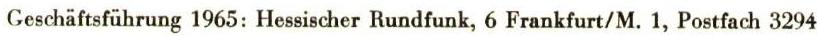
Geschäftsführung 1965: Hessischer Rundfunk, 6 Frankfurt/M.1, Postfach 3294